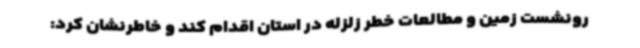
رونشست زمین و مطالعات خطر زلزله در استان اقدام کند و خاطرنشان کرد: